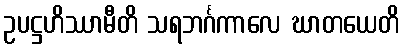
ဥပဋ္ဌဟိဿာမီတိ သရဘင်္ဂကာလေ ဃာတယေတိ